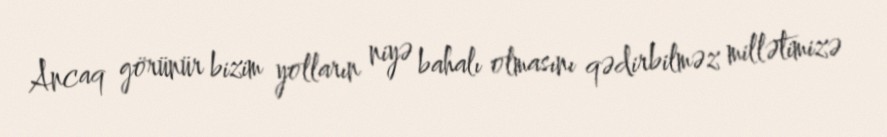
Ancaq görünür bizim yolların niyə bahalı olmasını qədirbilməz millətimizə